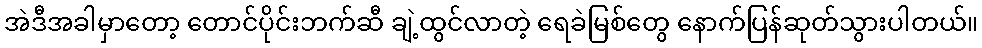
အဲဒီအခါမှာတော့ တောင်ပိုင်းဘက်ဆီ ချဲ့ထွင်လာတဲ့ ရေခဲမြစ်တွေ နောက်ပြန်ဆုတ်သွားပါတယ်။